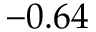
- 0 . 6 4